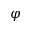
\varphi